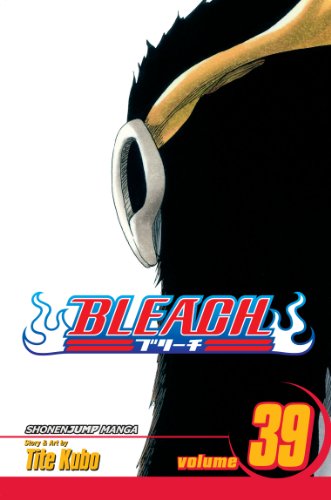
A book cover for Bleach, Vol. 39; Tite Kubo; Teen & Young Adult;